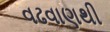
વઢવાણથી